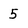
Character: 5